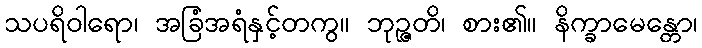
သပရိဝါရော၊ အခြံအရံနှင့်တကွ။ ဘုဉ္ဇတိ၊ စား၏။ နိက္ခာမေန္တော၊